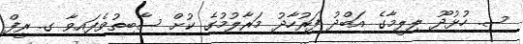
ސ. ހުޅުދޫ ލިލީމާގެ އަބްދު ފަރުހާދު މަރާލުމުގެ ކުށް ސާބިތުވެފައިވާ ގ. ރީފް